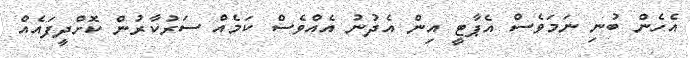
އެހެން ބުނި ނަމަވެސް އެޕާޓީ އިން އެދުނު އެއްވެސް ކަމެއް ސަރުކާރުން ކޮށްދީފައެއް